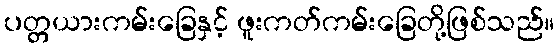
ပတ္တယားကမ်းခြေနှင့် ဖူးကတ်ကမ်းခြေတို့ဖြစ်သည်။